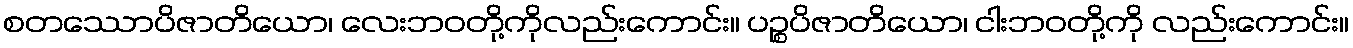
စတဿောပိဇာတိယော၊ လေးဘဝတို့ကိုလည်းကောင်း။ ပဉ္စပိဇာတိယော၊ ငါးဘဝတို့ကို လည်းကောင်း။